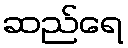
ဆည်ရေ